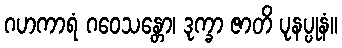
ဂဟကာရံ ဂဝေသန္တော၊ ဒုက္ခာ ဇာတိ ပုနပ္ပုနံ။